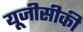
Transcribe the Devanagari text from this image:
यूजीसीकी